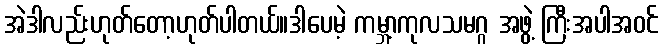
အဲဒါလည်းဟုတ်တော့ဟုတ်ပါတယ်။ဒါပေမဲ့ ကမ္ဘာ့ကုလသမဂ္ဂ အဖွဲ့ ကြီးအပါအဝင်